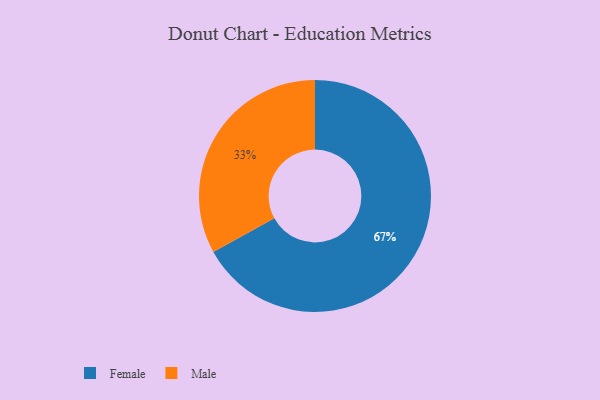
{"axis": {"x": "Category", "y": "Percentage"}, "legend": ["Female", "Male"], "data": [{"x": "Male", "y": 33, "type": "Male"}, {"x": "Female", "y": 67, "type": "Female"}]}